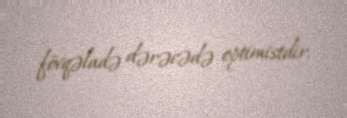
fövqəladə dərəcədə optimistdir.